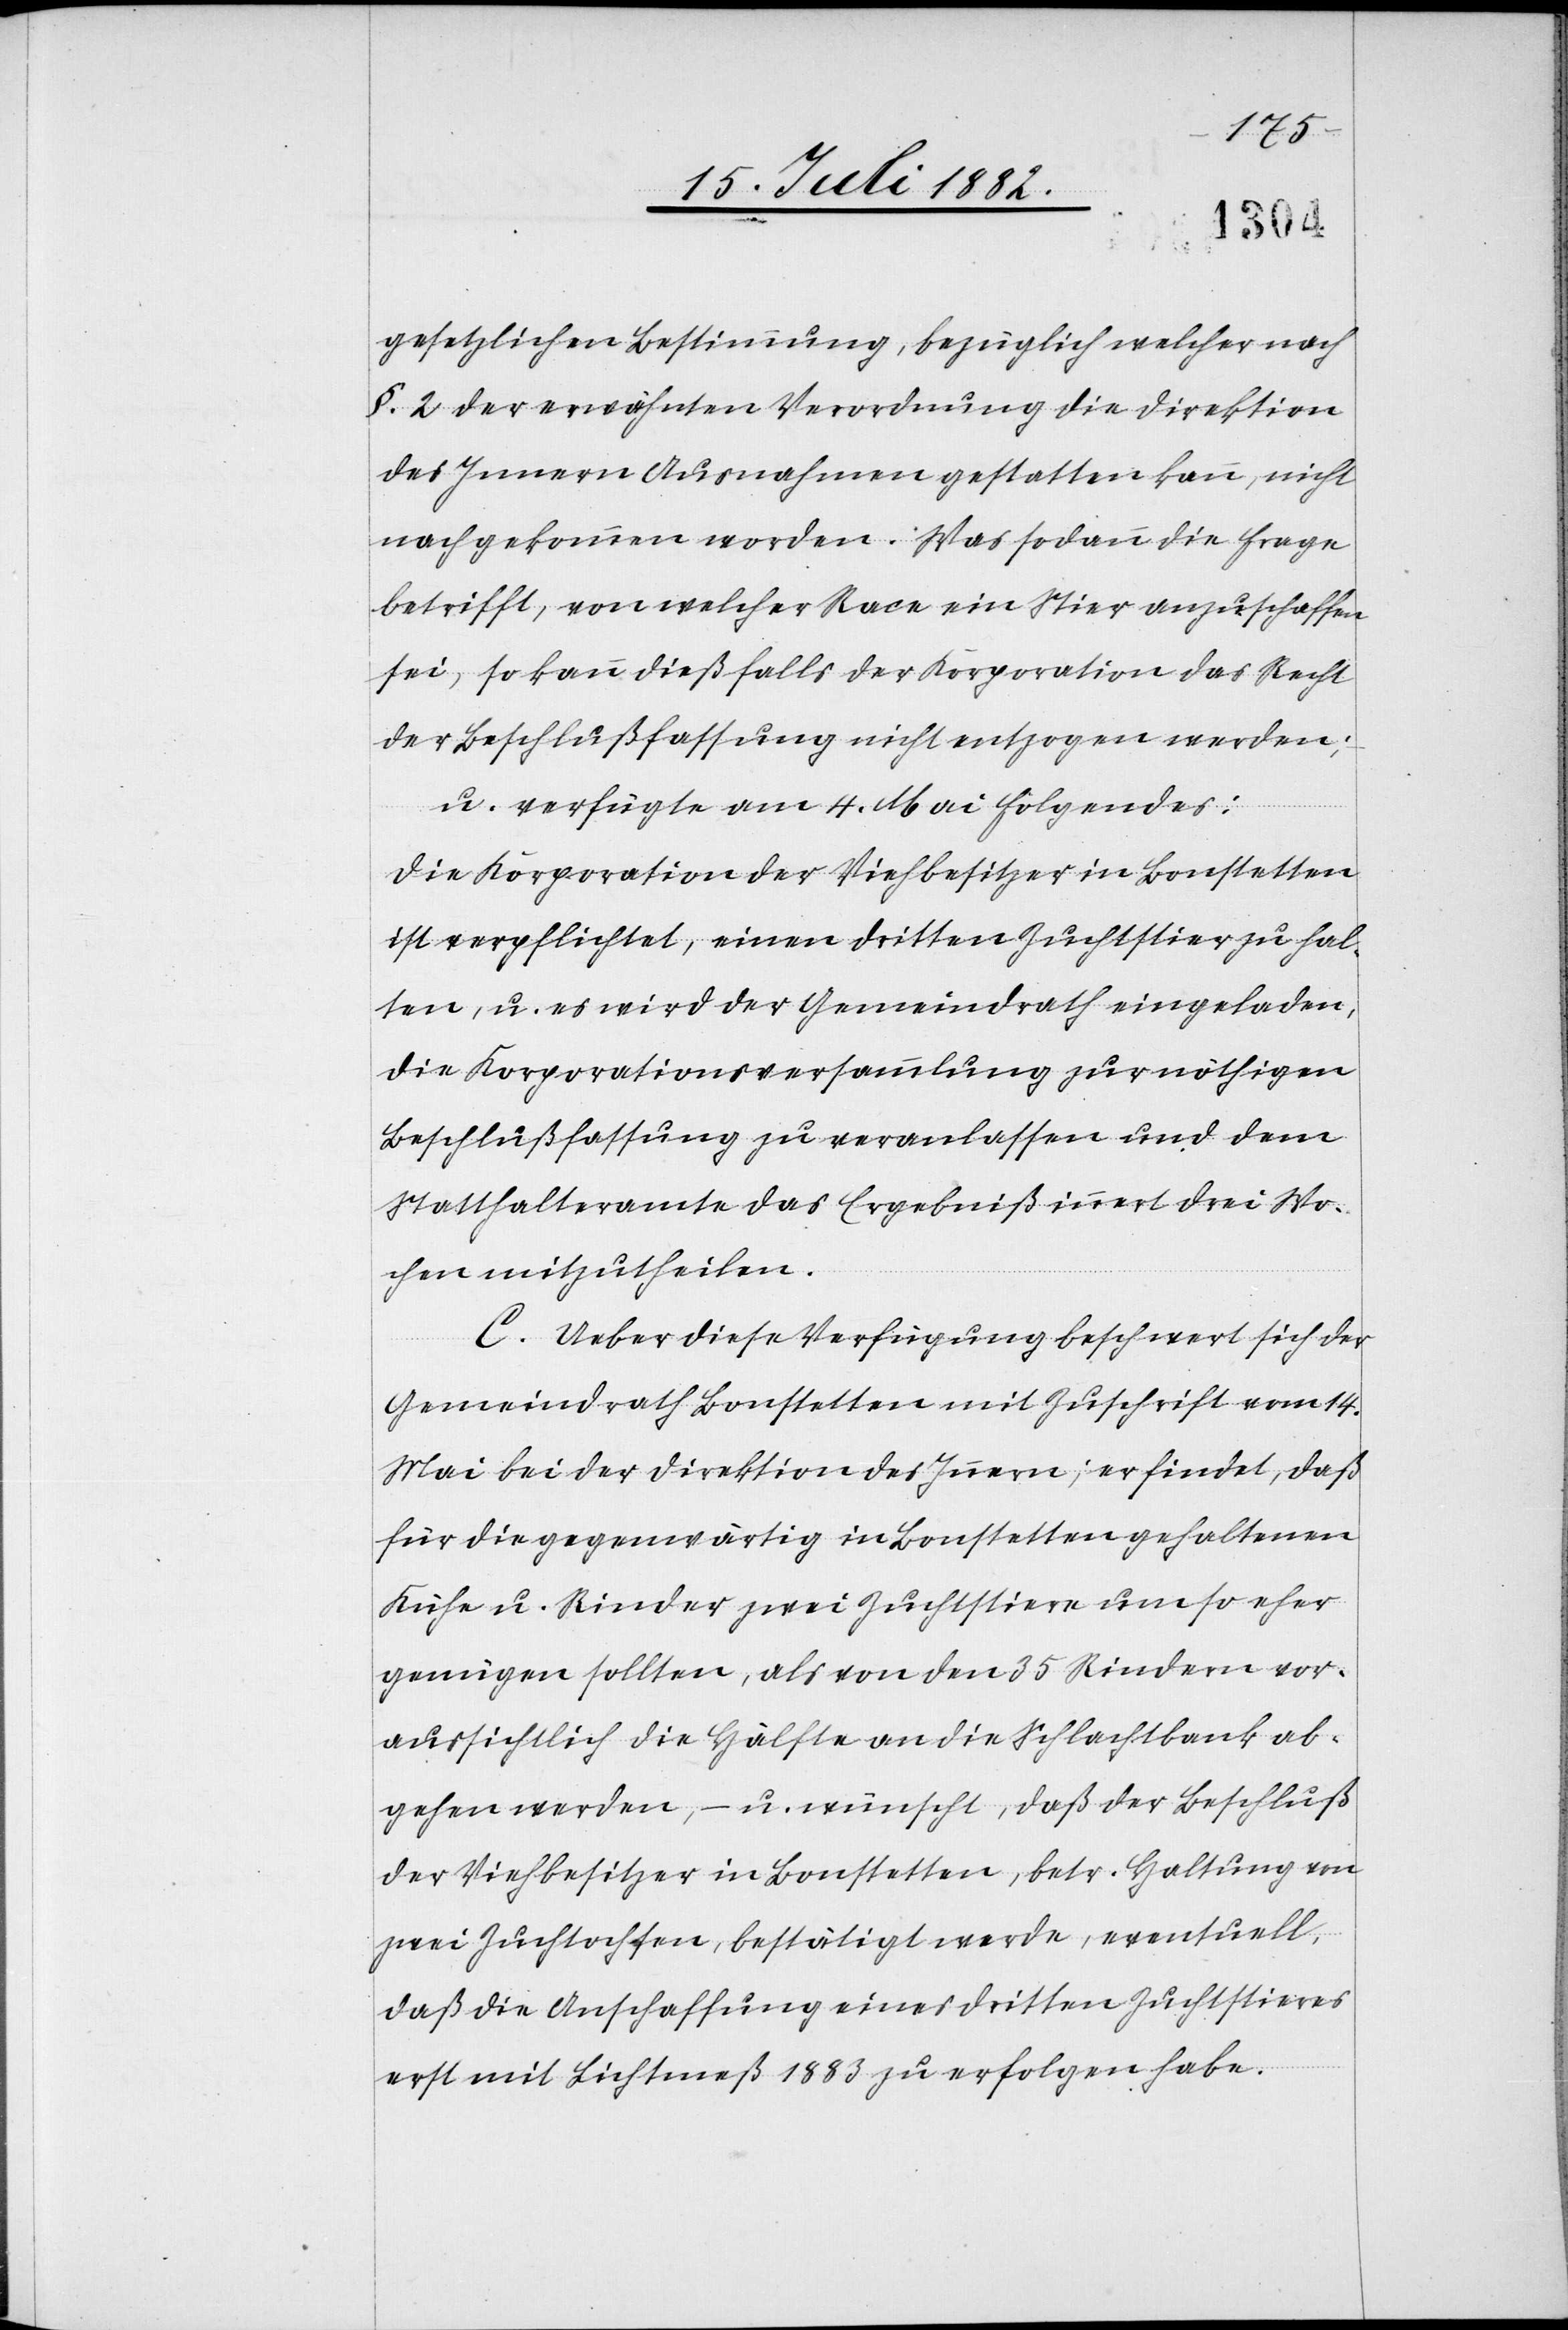
gesetzlichen Bestimmung, bezüglich welcher nach
§. 2 der erwähnten Verordnung die Direktion
des Innern Ausnahmen gestatten kann, nicht
nachgekommen worden. Was sodann die Frage
betrifft, von welcher Race ein Stier anzuschaffen
sei, so kann dießfalls der Korporation das Recht
der Beschlußfassung nicht entzogen werden;
u. verfügte am 4. Mai Folgendes:
Die Korporation der Viehbesitzer in Bonstetten
ist verpflichtet, einen dritten Zuchtstier zu hal¬
ten, u. es wird der Gemeindrath eingeladen,
die Korporationsversammlung zur nöthigen
Beschlußfassung zu veranlassen und dem
Statthalteramte das Ergebniß innert drei Wo¬
chen mitzutheilen.
C. Ueber diese Verfügung beschwert sich der
Gemeindrath Bonstetten mit Zuschrift vom 14.
Mai bei der Direktion des Innern; er findet, daß
für die gegenwärtig in Bonstetten gehaltenen
Kühe u. Rinder zwei Zuchtstiere um so eher
genügen sollten, als von den 35 Rindern vor¬
aussichtlich die Hälfte an die Schlachtbank ab¬
gehen werde, – u. wünscht, daß der Beschluß
der Viehbesitzer in Bonstetten, betr. Haltung von
zwei Zuchtochsen, bestätigt werde, eventuell,
daß die Anschaffung eines dritten Zuchtstieres
erst mit Lichtmeß 1883 zu erfolgen habe.